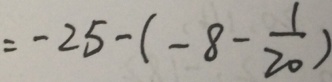
= - 2 5 - ( - 8 - \frac { 1 } { 2 0 } )